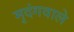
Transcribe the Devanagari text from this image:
मृदंगवाले